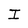
Character: I